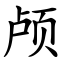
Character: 颅